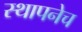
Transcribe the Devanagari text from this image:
स्थापनेच